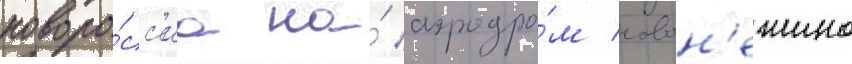
новоро́сс'иа на́ аэродро́м новон'ежино